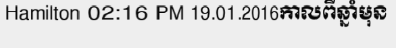
Hamilton 02:16 PM 19.01.2016កាលពីឆ្នាំមុន